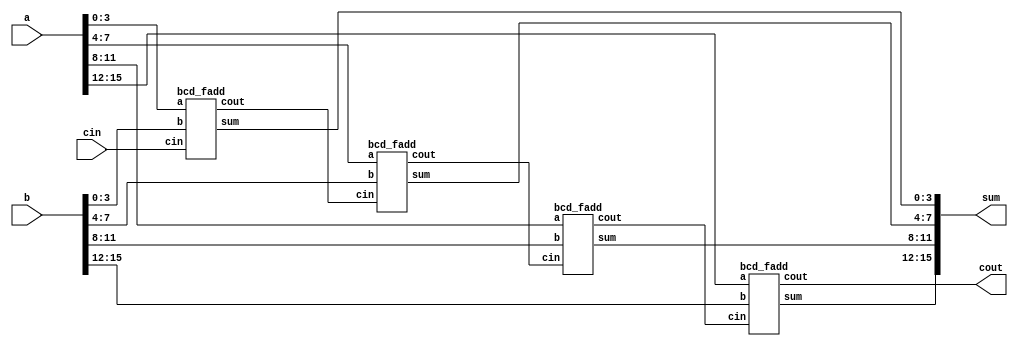
module top_module ( 
    input [15:0] a, b,
    input cin,
    output cout,
    output [15:0] sum );

    wire carryout[4:0];
    assign carryout[0] = cin;

    genvar i;
    generate
        for(i=0; i<=3; i=i+1)
        begin: bcdfaddloop
            bcd_fadd bcdfadd(
                .a(a[i*4+3: i*4]),
                .b(b[i*4+3: i*4]),
                .cin(carryout[i]),
                .cout(carryout[i+1]),
                .sum(sum[i*4+3: i*4])
            );
        end    
    endgenerate

    assign cout = carryout[4];


endmodule



module bcd_fadd (
    input [3:0] a,
    input [3:0] b,
    input     cin,
    output   cout,
    output [3:0] sum );

endmodule